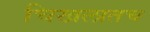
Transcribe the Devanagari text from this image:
चिखलातच